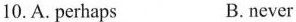
10. A. Perhaps B.never